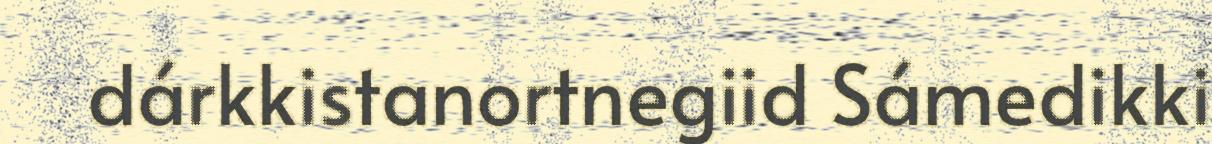
dárkkistanortnegiid Sámedikki